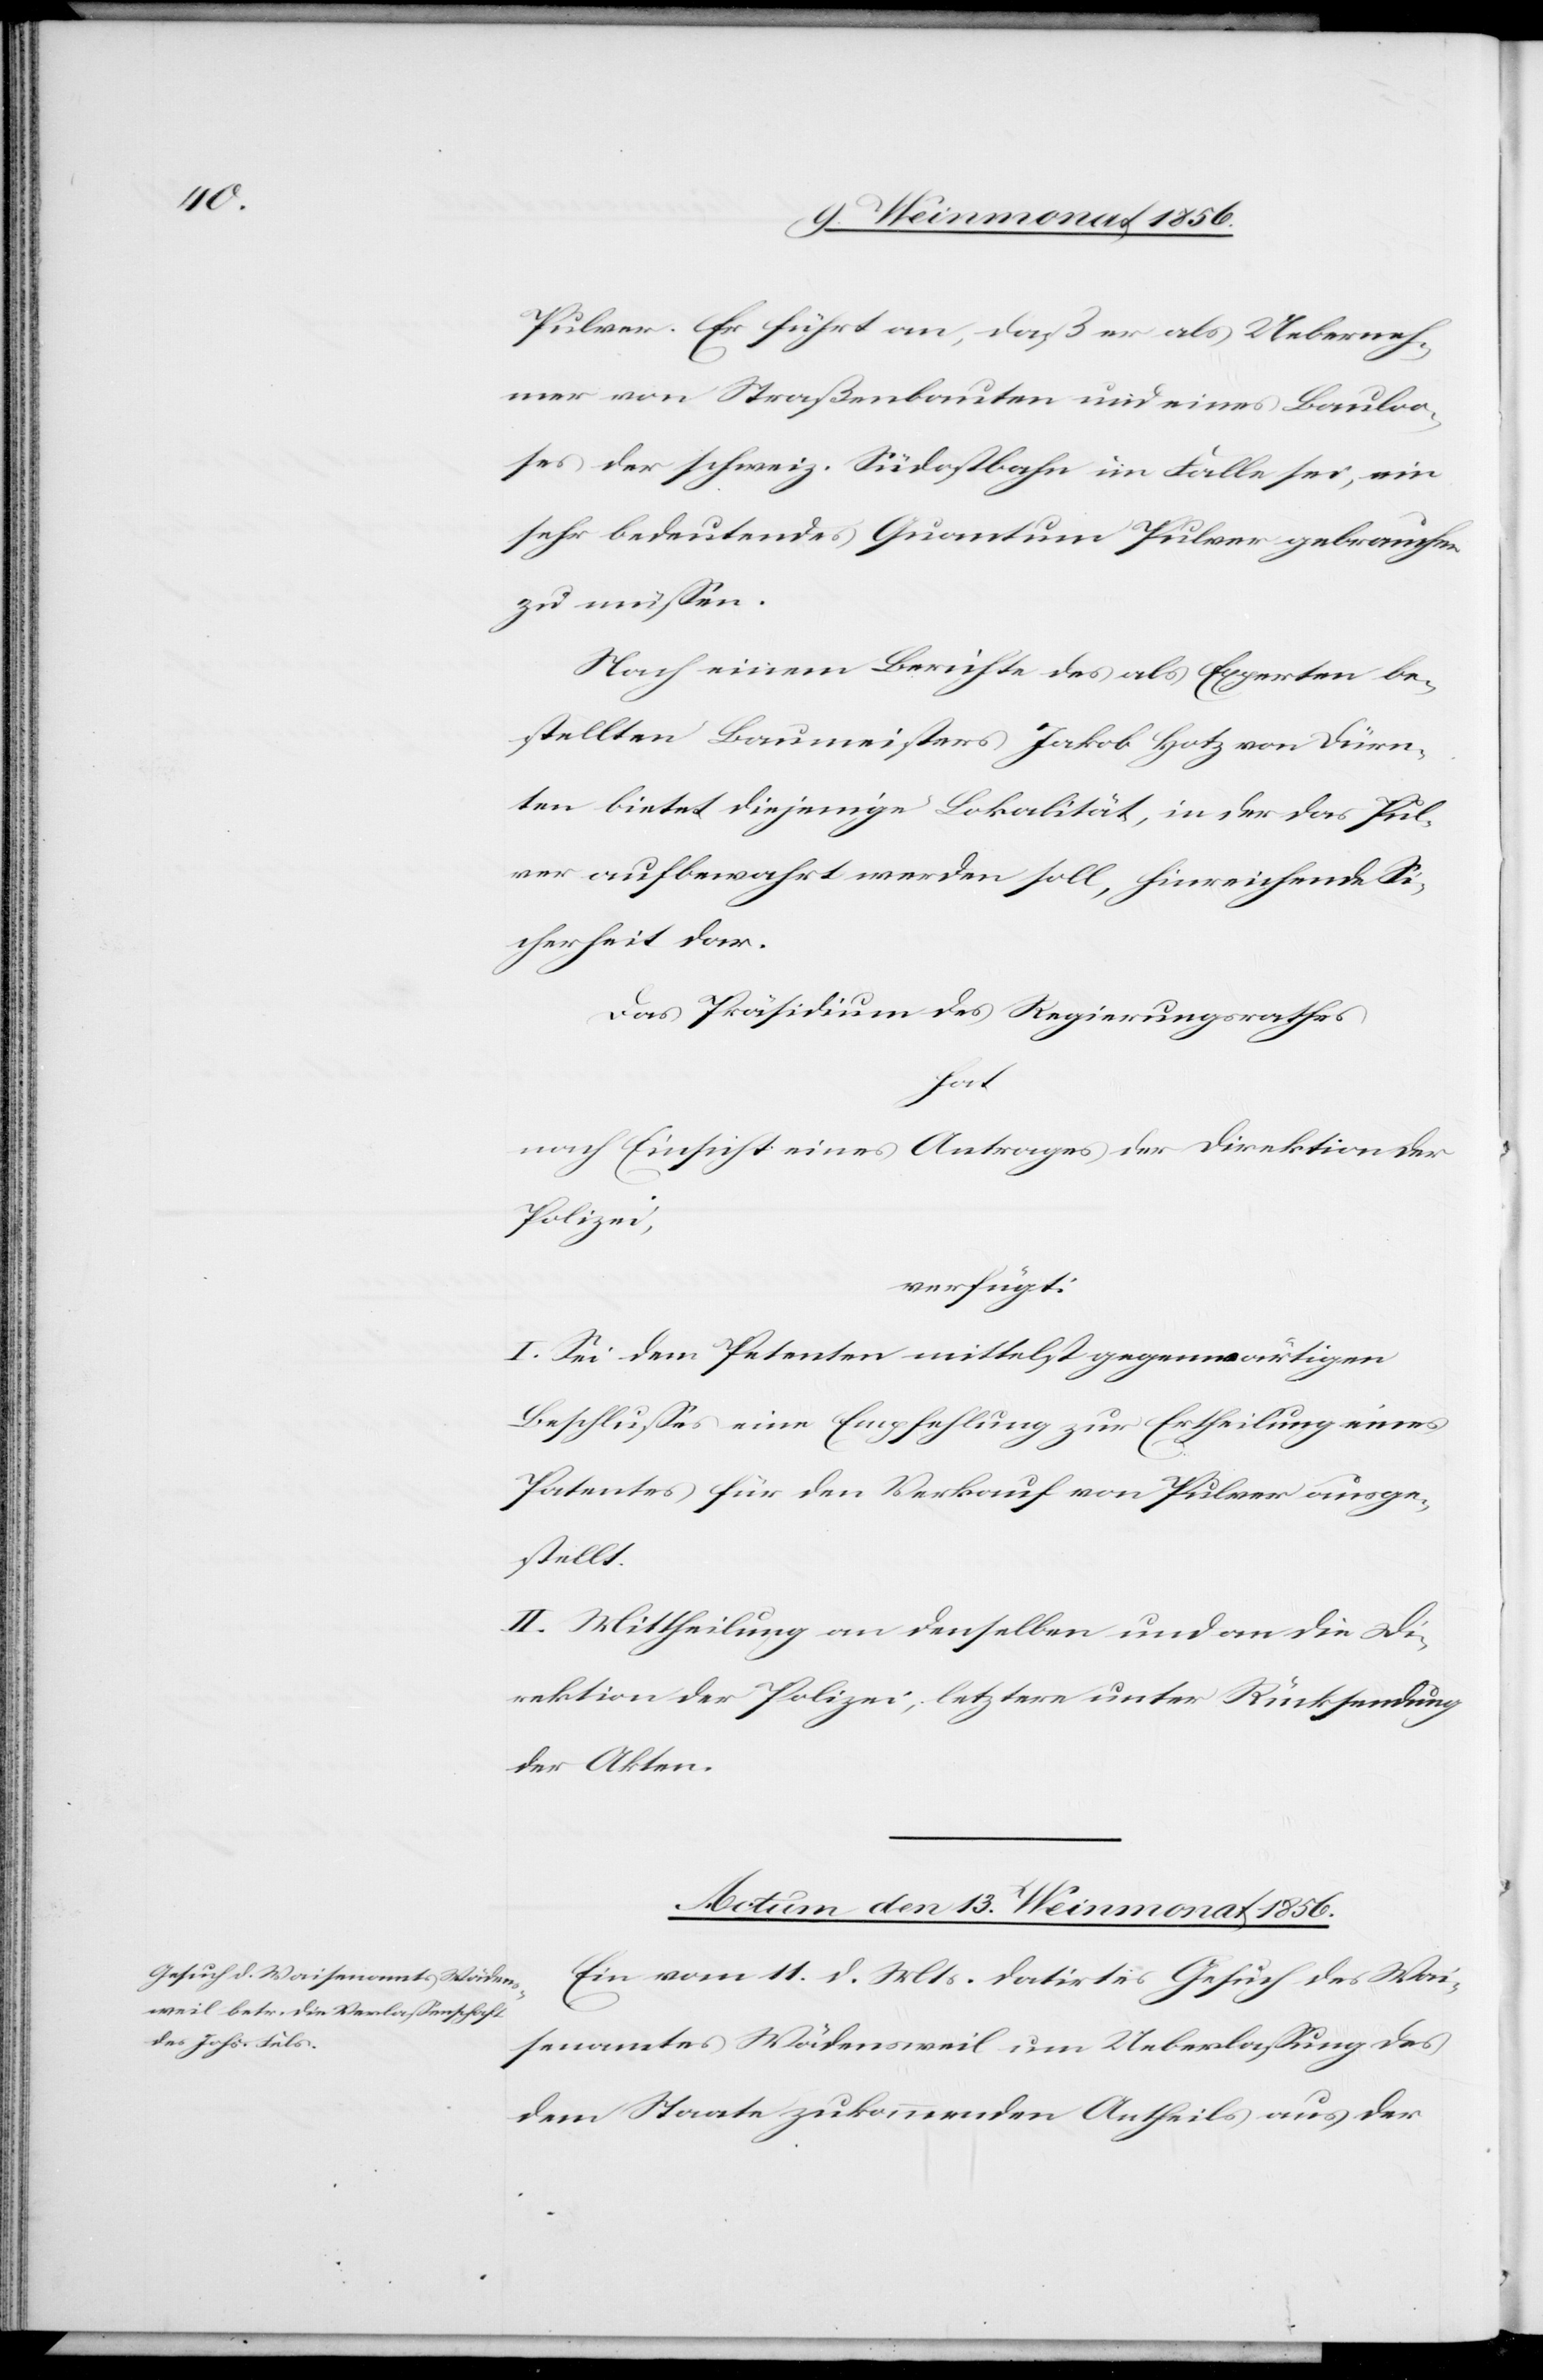
Pulver. Er führt an, daß er als Ueberneh¬
mer von Straßenbauten und eines Bauloo¬
ses der schweiz. Südostbahn im Falle sei, ein
sehr bedeutendes Quantum Pulver gebrauchen
zu müssen.
Nach einem Berichte des als Experten be¬
stellten Baumeisters Jakob Hotz von Dürn¬
ten bietet diejenige Lokalität, in der das Pul¬
ver aufbewahrt werden soll, hinreichende Si¬
cherheit dar.
Das Präsidium des Regierungsrathes
hat
nach Einsicht eines Antrages der Direktion der
Polizei,
verfügt:
I. Sei dem Petenten mittelst gegenwärtigen
Beschlusses eine Empfehlung zur Ertheilung eines
Patentes für den Verkauf von Pulver ausge¬
stellt.
II. Mittheilung an denselben und an die Di¬
rektion der Polizei; letztere unter Rücksendung
der Akten.
Actum den 13. Weinmonat 1856.
Ein vom 11. d. Mts. datirtes Gesuch des Wai¬
senamtes Wädensweil um Ueberlassung des
dem Staate zukommenden Antheils aus der